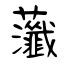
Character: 虃